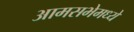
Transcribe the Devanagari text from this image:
आमसभेमध्ये